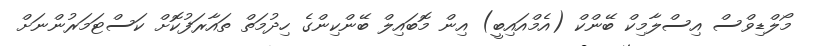
މޯލްޑިވްސް އިސްލާމިކް ބޭންކް (އެމްއައިބީ) އިން މޮބައިލް ބޭންކިންގެ ހިދުމަތް ތައާރަފުކޮށް ކަސްޓަމަރުންނަށް